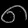
Digit: ၈